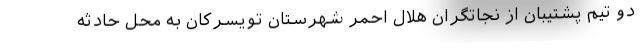
دو تیم پشتیبان از نجاتگران هلال احمر شهرستان تویسرکان به محل حادثه